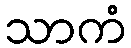
သာကံ